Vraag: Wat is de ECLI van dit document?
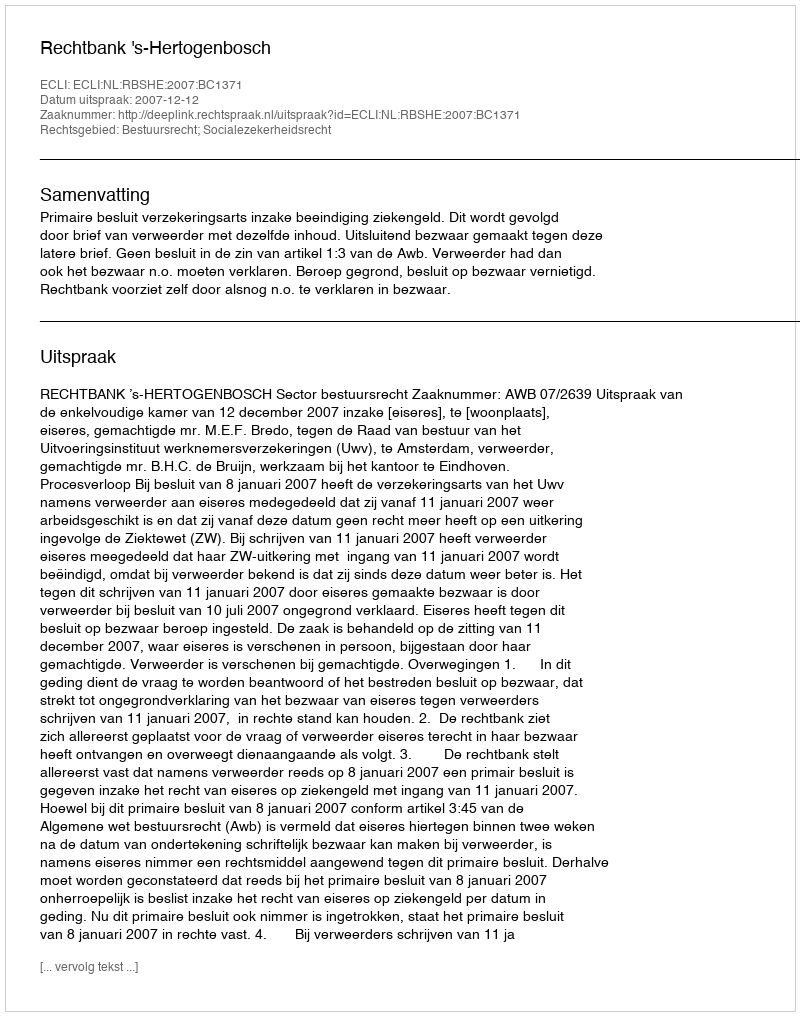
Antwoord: ECLI:NL:RBSHE:2007:BC1371